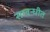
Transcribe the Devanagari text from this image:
सम्बन्धीत